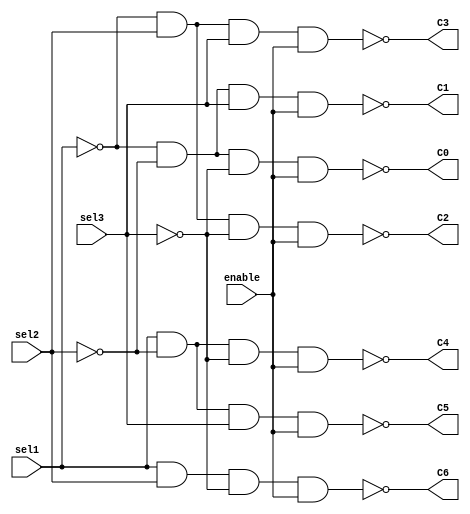
module Decodificador(sel1, sel2, sel3, C0, C1, C2, C3, C4, C5, C6, enable);
	input sel1, sel2, sel3, enable;
	output C0, C1, C2, C3, C4, C5, C6;
	wire ns1, ns2, ns3, and1, and2, and3, and4, and5, and6, and7, and8;
	
	not (ns1, sel1);
	not (ns2, sel2);
	not (ns3, sel3);
	
	nand (C0, ns1, ns2, ns3, enable);
	nand (C1, ns1, ns2, sel3, enable);
	nand (C2, ns1, sel2, ns3, enable);
	nand (C3, ns1, sel2, sel3, enable);
	nand (C4, sel1, ns2, ns3, enable);
	nand (C5, sel1, ns2, sel3, enable);
	nand (C6, sel1, sel2, ns3, enable);

endmodule